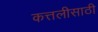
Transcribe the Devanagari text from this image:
कत्तलीसाठी